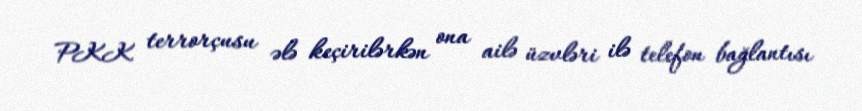
PKK terrorçusu ələ keçirilərkən ona ailə üzvləri ilə telefon bağlantısı